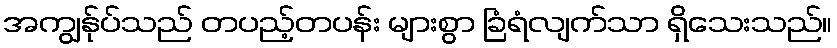
အကျွန်ုပ်သည် တပည့်တပန်း များစွာ ခြံရံလျက်သာ ရှိသေးသည်။